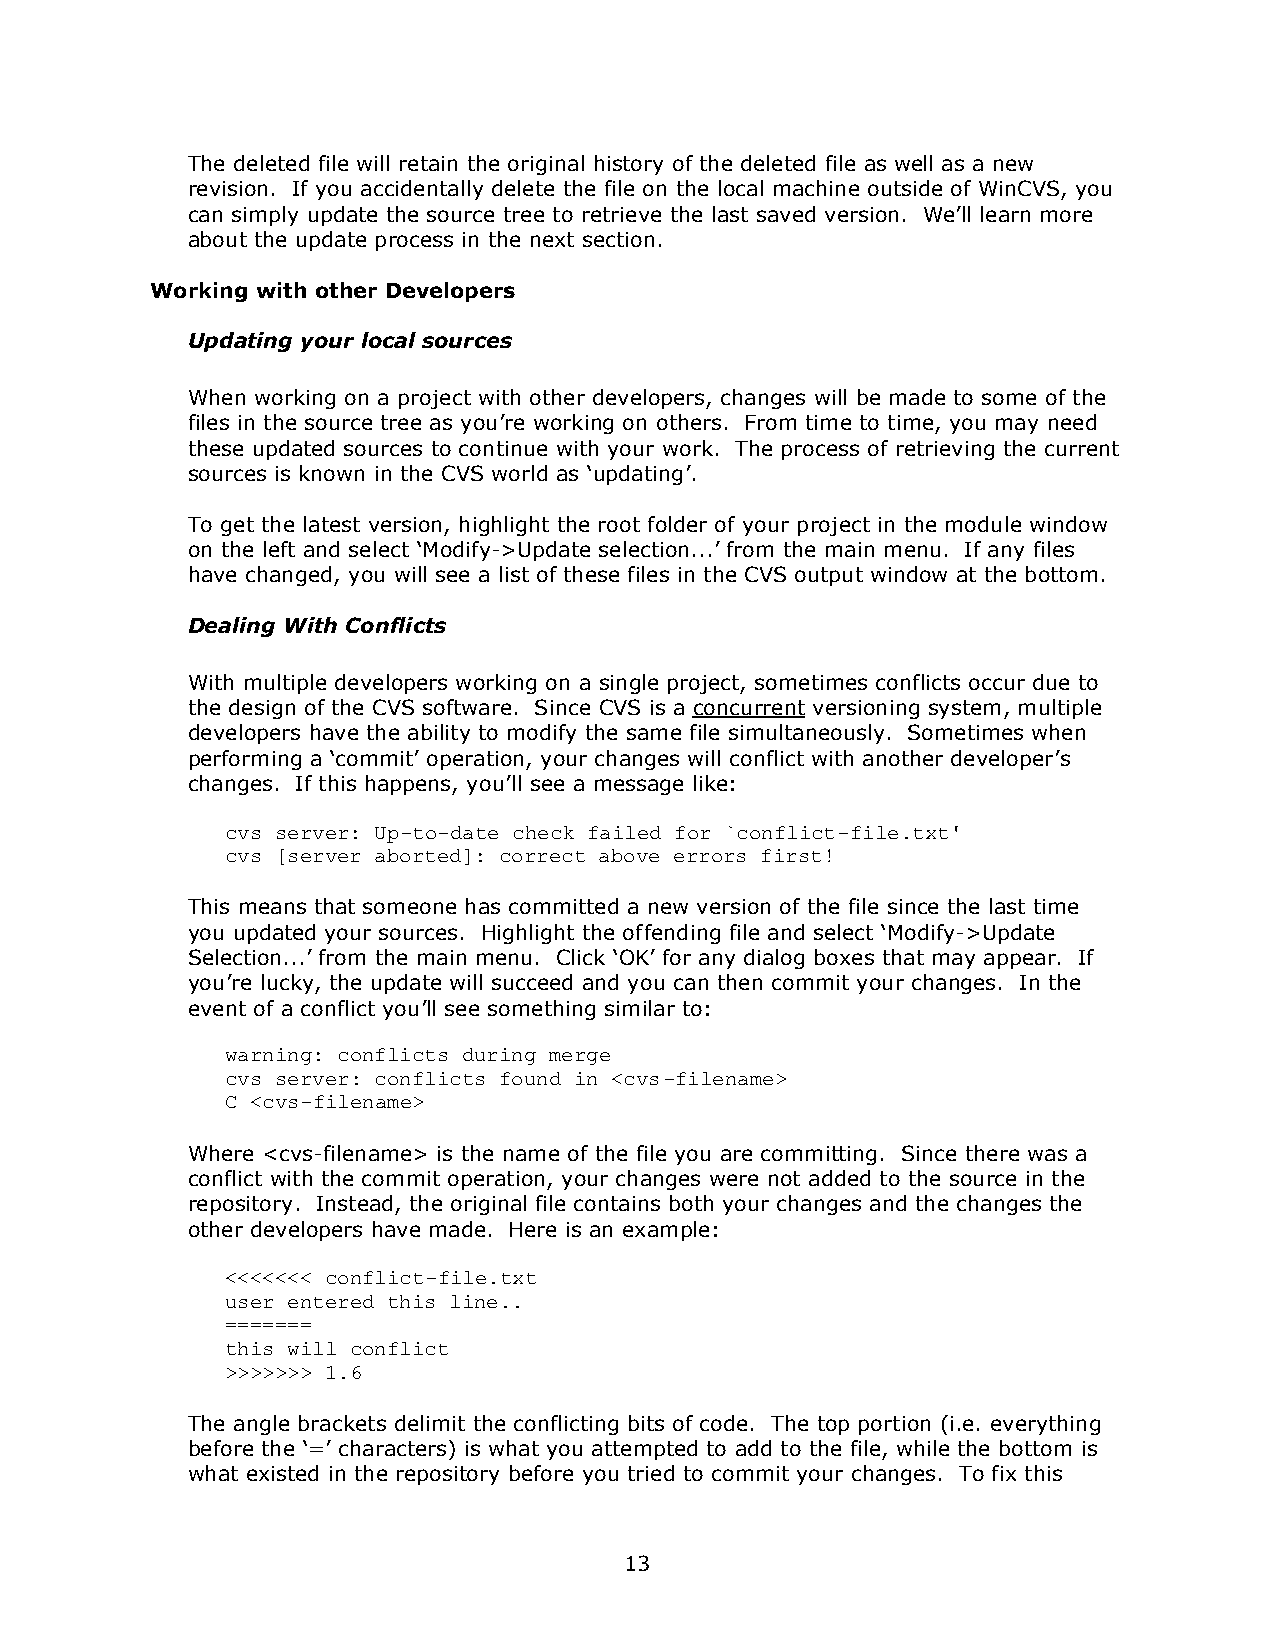
The deleted file will retain the original history of the deleted file as well as a new
 revision. If you accidentally delete the file on the local machine outside of WinCVS, you
 can simply update the source tree to retrieve the last saved version. We“ll learn more
 about the update process in the next section.
 Working with other Developers
 Updating your local sources
 When working on a project with other developers, changes will be made to some of the
 files in the source tree as you“re working on others. From time to time, you may need
 these updated sources to continue with your work. The process of retrieving the current
 sources is known in the CVS world as ’updating“.
 To get the latest version, highlight the root folder of your project in the module window
 on the left and select ’Modify->Update selection...“ from the main menu. If any files
 have changed, you will see a list of these files in the CVS output window at the bottom.
 Dealing With Conflicts
 With multiple developers working on a single project, sometimes conflicts occur due to
 the design of the CVS software. Since CVS is a concurrent versioning system, multiple
 developers have the ability to modify the same file simultaneously. Sometimes when
 performing a ’commit“ operation, your changes will conflict with another developer“s
 changes. If this happens, you“ll see a message like:
 cvs server: Up-to-date check failed for `conflict-file.txt'
 cvs [server aborted]: correct above errors first!
 This means that someone has committed a new version of the file since the last time
 you updated your sources. Highlight the offending file and select ’Modify->Update
 Selection...“ from the main menu. Click ’OK“ for any dialog boxes that may appear. If
 you“re lucky, the update will succeed and you can then commit your changes. In the
 event of a conflict you“ll see something similar to:
 warning: conflicts during merge
 cvs server: conflicts found in <cvs-filename>
 C <cvs-filename>
 Where <cvs-filename> is the name of the file you are committing. Since there was a
 conflict with the commit operation, your changes were not added to the source in the
 repository. Instead, the original file contains both your changes and the changes the
 other developers have made. Here is an example:
 <<<<<<< conflict-file.txt
 user entered this line..
 =======
 this will conflict
 >>>>>>> 1.6
 The angle brackets delimit the conflicting bits of code. The top portion (i.e. everything
 before the ’=“ characters) is what you attempted to add to the file, while the bottom is
 what existed in the repository before you tried to commit your changes. To fix this
 13